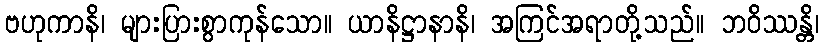
ဗဟုကာနိ၊ များပြားစွာကုန်သော။ ယာနိဋ္ဌာနာနိ၊ အကြင်အရာတို့သည်။ ဘဝိဿန္တိ၊